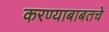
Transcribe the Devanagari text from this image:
करण्याबाबतचे